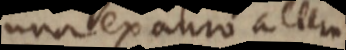
una ex anno alter